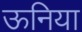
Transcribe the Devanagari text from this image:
ऊनिया